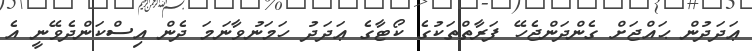
ޢަދަދުން ޙައްޖަށް ގެންދަންޖެހޭ ފަރާތްތަކުގެ ކޯޓާގެ ޢަދަދު ހަމަނުވާނަމަ ދެން އިސްކަންދެވޭނީ އެ